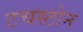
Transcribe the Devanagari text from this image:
टचस्‍टोन